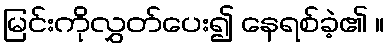
မြင်းကိုလွှတ်ပေး၍ နေရစ်ခဲ့၏ ။